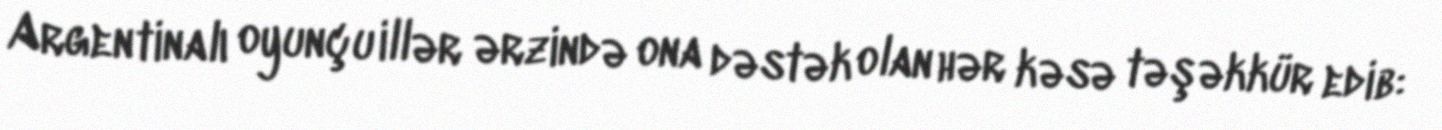
Argentinalı oyunçu illər ərzində ona dəstək olan hər kəsə təşəkkür edib: